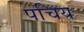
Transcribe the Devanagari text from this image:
पचिय